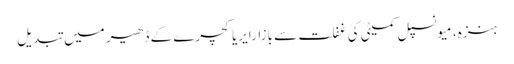
ہنزہ، میونسپل کمیٹی کی غفلت سے بازارایریاکچرے کے ڈھیر میں تبدیل